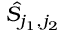
\hat { S } _ { j _ { 1 } , j _ { 2 } }